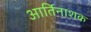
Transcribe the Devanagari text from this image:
आर्तिनाशक